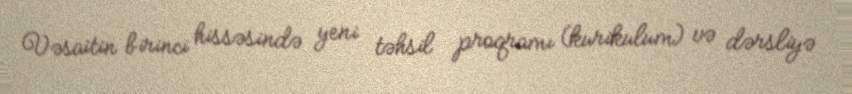
Vəsaitin birinci hissəsində yeni təhsil proqramı (kurikulum) və dərsliyə